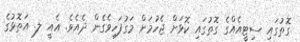
ގޮތުގައި ސިޓީއެއްގެ ގޮތުގައި ކޮޅަށް ޖެހުމަށް މަގުފަހިވެގެން ދެއެވެ. އެއީ ލ. އަތޮޅުގެ